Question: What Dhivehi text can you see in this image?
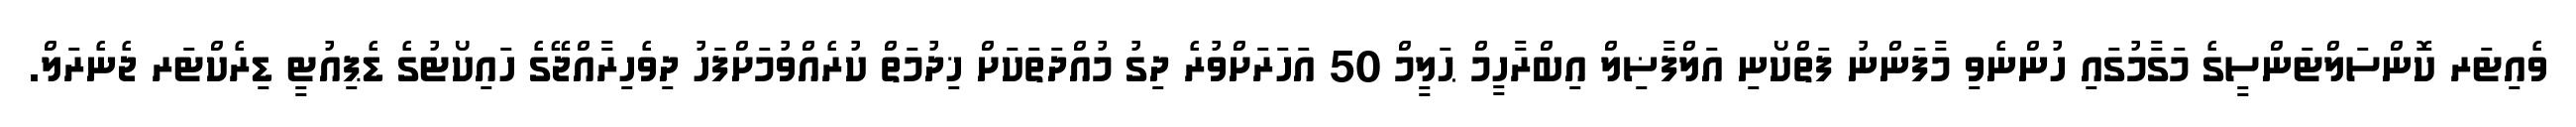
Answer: ވެއިޓަރ ކޮންސަލްޓަންސީގެ މަގާމުގައި ހުންނެވި މާފަންނު ފަތްކޯނި އަލްފާޟިލް އިބްރާހީމް ޙަލީމް 50 އަހަރަށްވުރެ ދިގު މުއްދަތަކަށް ޚިދުމަތް ކުރެއްވުމަށްފަހު ދިވެހިރާއްޖޭގެ ހައިކޯޓުގެ ޑެޕިއުޓީ ޑިރެކްޓަރ ޖެނެރަލް.